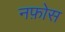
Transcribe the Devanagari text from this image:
नफ़ोस